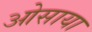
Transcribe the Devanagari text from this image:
ओसाया